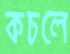
কচলে